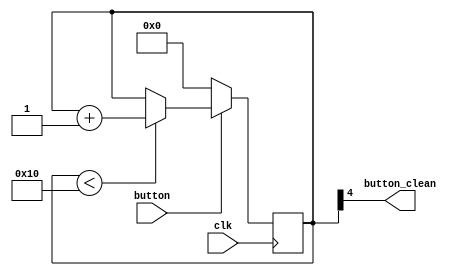
`timescale 1ns / 1ps
module jitter_clr(
    input clk,
    input button,
    output button_clean
);

reg [4:0] cnt;
always@(posedge clk) begin
    if(button==1'b0) cnt <= 5'h0;
    else if(cnt<5'b10000) cnt <= cnt + 1'b1;
end
assign button_clean = cnt[4];
endmodule